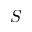
S